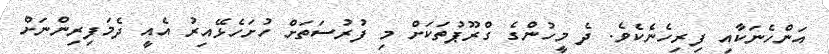
އަންހެނަކާއި ފިރިހެނެކެވެ. ދެ މީހުންގެ ގްރޫޕުތަކަށް މި ފުރުސަތަށް ހުށަހެޅޭއިރު އެއީ ދެމަފިރިންނަށް